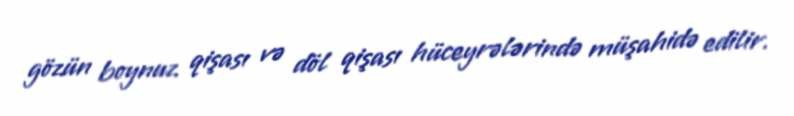
gözün boynuz qişası və döl qişası hüceyrələrində müşahidə edilir.